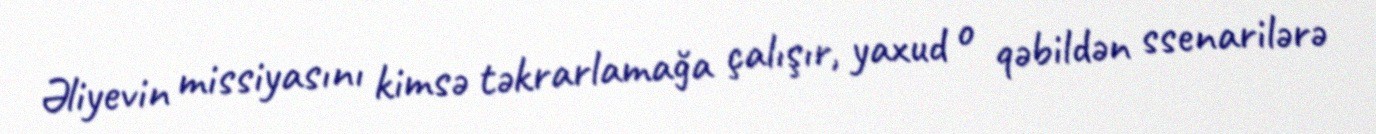
Əliyevin missiyasını kimsə təkrarlamağa çalışır, yaxud o qəbildən ssenarilərə